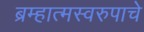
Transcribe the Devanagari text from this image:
ब्रम्हात्मस्वरुपाचे